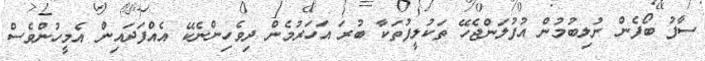
ސާފު ބޯފެން ނުލިބުމުން އުފުލަންޖެހޭ ތަކުލީފުތަކާ ބުރަ އަހަރުމެން ދިވެހިންނެކޭ އެއްފަދައިން އެމީހުންވެސް